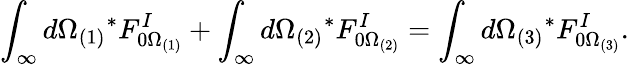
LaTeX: \int_{\infty}d\Omega_{(1)}{}^{*}F_{0\Omega_{(1)}}^{I}+\int_{\infty}d\Omega_{(2)}{}^{*}F_{0\Omega_{(2)}}^{I}=\int_{\infty}d\Omega_{(3)}{}^{*}F_{0\Omega_{(3)}}^{I}.